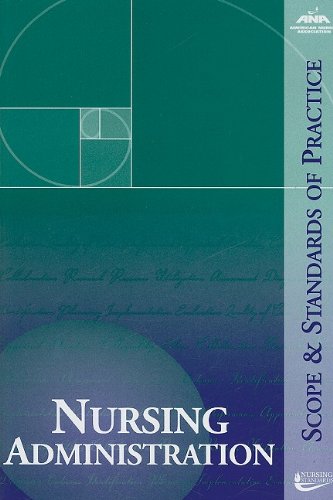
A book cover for Nursing Administration: Scope and Standards of Practice (ANA, Nursing Administration:  Scope and Standards of Practice); Medical Books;